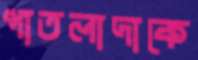
পাতলাদাকে